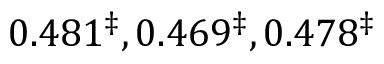
0 . 4 8 1 ^ { \ddagger } , 0 . 4 6 9 ^ { \ddagger } , 0 . 4 7 8 ^ { \ddagger }